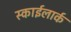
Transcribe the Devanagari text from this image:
स्काईलार्क